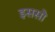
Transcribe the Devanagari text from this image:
इससो